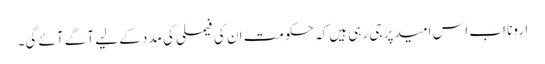
ارونا اب اس امید پر جی رہی ہیں کہ حکومت ان کی فیملی کی مدد کے لیے آگے آئے گی۔